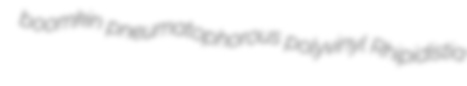
boomkin pneumatophorous polyvinyl Rhipidistia